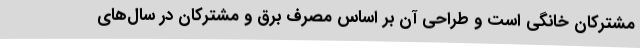
مشترکان خانگی است و طراحی آن بر اساس مصرف برق و مشترکان در سال‌های